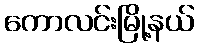
ကောလင်းမြို့နယ်